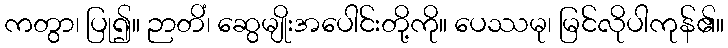
ကတွာ၊ ပြု၍။ ဉာတိံ၊ ဆွေမျိုးအပေါင်းတို့ကို။ ပေဿမု၊ မြင်လိုပါကုန်၏။